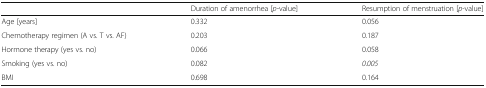
<table><thead><tr><td></td><td><b>Duration of amenorrhea [<i>p</i>-value]</b></td><td><b>Resumption of menstruation [<i>p</i>-value]</b></td></tr></thead><tbody><tr><td>Age [years]</td><td>0.332</td><td>0.056</td></tr><tr><td>Chemotherapy regimen (A vs. T vs. AF)</td><td>0.203</td><td>0.187</td></tr><tr><td>Hormone therapy (yes vs. no)</td><td>0.066</td><td>0.058</td></tr><tr><td>Smoking (yes vs. no)</td><td>0.082</td><td><i>0.005</i></td></tr><tr><td>BMI</td><td>0.698</td><td>0.164</td></tr></tbody></table>